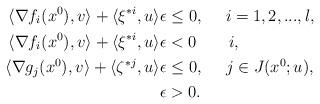
LaTeX: \begin{align*}\langle \nabla f_i(x^0), v\rangle+\langle \xi^{*i}, u\rangle \epsilon&\leq 0,\ \ \ \ i=1, 2, ..., l, \\\langle \nabla f_i(x^0), v\rangle+\langle \xi^{*i}, u\rangle\epsilon&< 0 \ \ \ \ \ \ i,\\\langle \nabla g_j(x^0), v\rangle+ \langle \zeta^{*j}, u\rangle\epsilon&\leq 0,\ \ \ \ j\in J(x^0; u),\\\epsilon&>0.\end{align*}